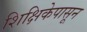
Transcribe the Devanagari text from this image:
शिक्षिकेपासून